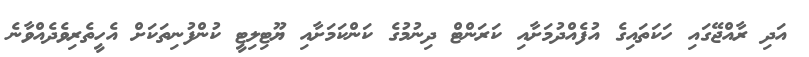
އަދި ރާއްޖޭގައި ހަކަތައިގެ އުފެއްދުމަށާއި ކަރަންޓް ދިނުމުގެ ކަންކަމަށާއި ޔޫޓިލިޓީ ކުންފުނިތަކަށް އެހީތެރިވެދެއްވާނެ